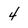
Character: 4